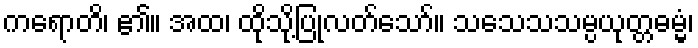
ကရောတိ၊ ၏။ အထ၊ ထိုသို့ပြုလတ်သော်။ သသေသသမ္ပယုတ္တဓမ္မံ၊